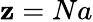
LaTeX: \mathbf{z}=Na